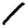
Digit: 1